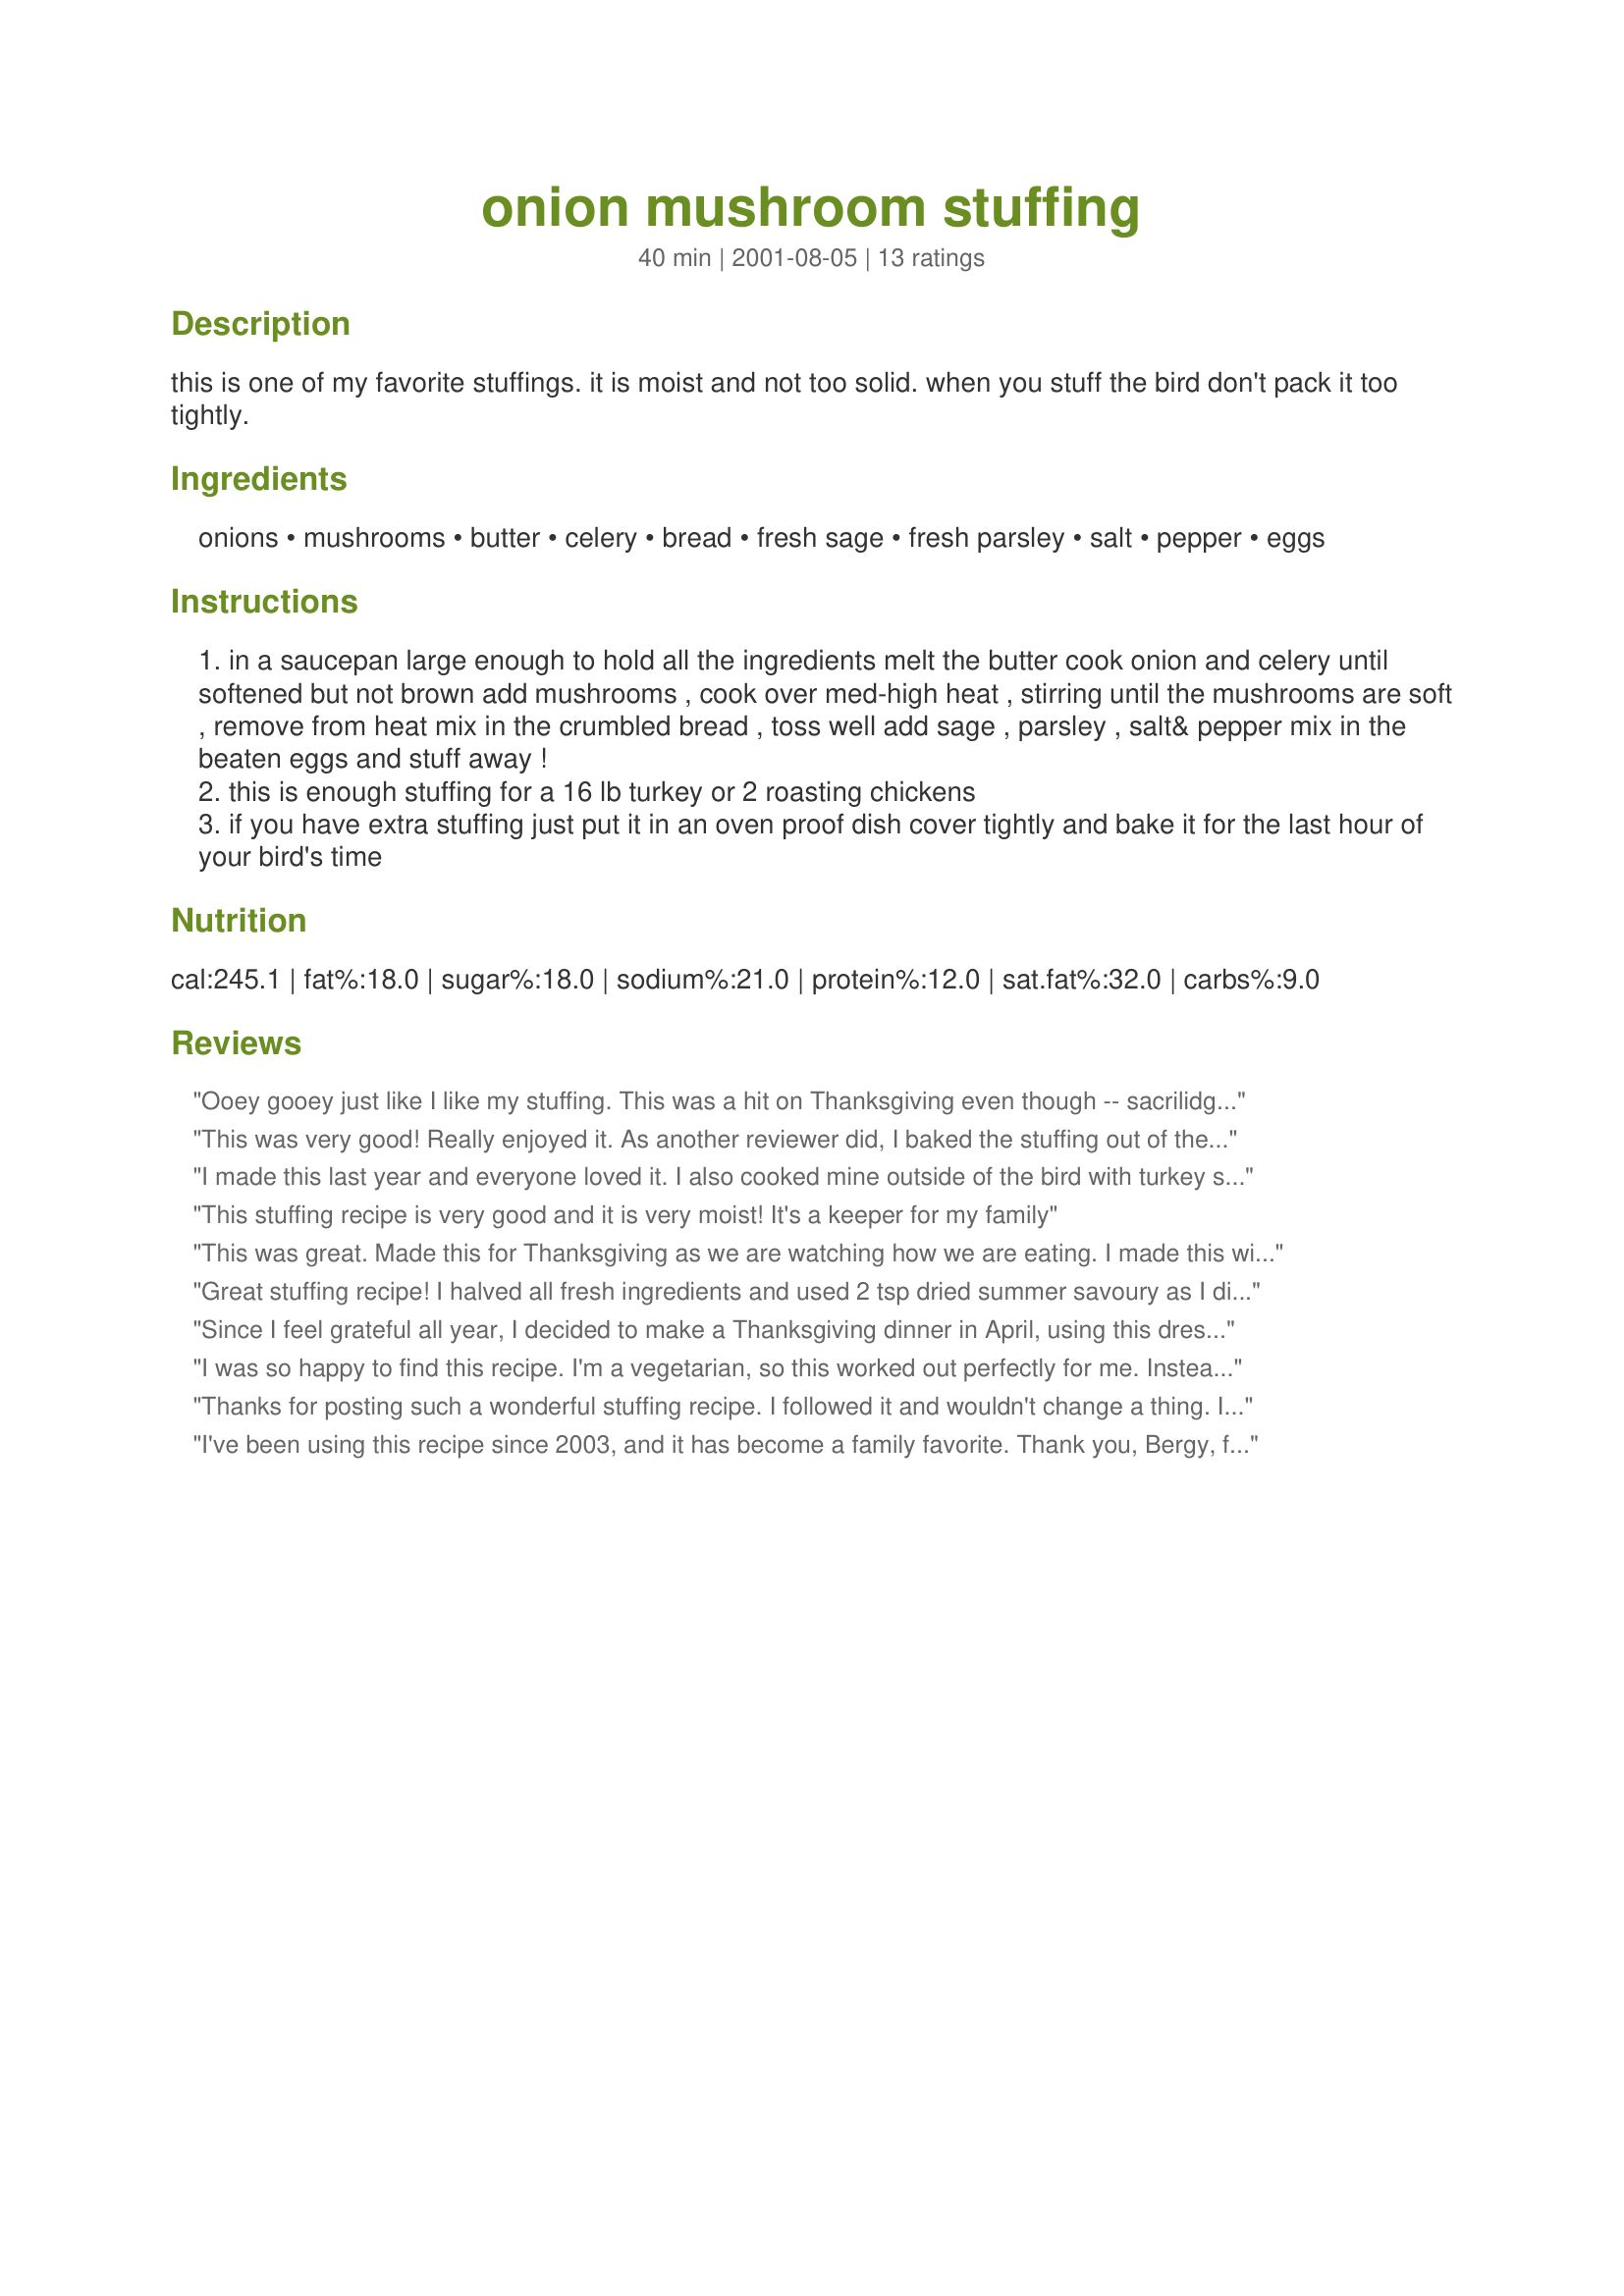
onion mushroom stuffing
Preparation time: 40 minutes

this is one of my favorite stuffings. it is moist and not too solid. when you stuff the bird don't pack it too tightly.

Ingredients:
onions, mushrooms, butter, celery, bread, fresh sage, fresh parsley, salt, pepper, eggs

Steps:
in a saucepan large enough to hold all the ingredients melt the butter cook onion and celery until softened but not brown add mushrooms , cook over med-high heat , stirring until the mushrooms are soft , remove from heat mix in the crumbled bread , toss well add sage , parsley , salt& pepper mix in the beaten eggs and stuff away !
this is enough stuffing for a 16 lb turkey or 2 roasting chickens
if you have extra stuffing just put it in an oven proof dish cover tightly and bake it for the last hour of your bird's time

Reviews:
Ooey gooey just like I like my stuffing. This was a hit on Thanksgiving even though -- sacrilidge -- cooked entirely outside of the bird. I bought a couple of loafs of cheap white bread, which worked perfectly. There was enough left over to make turkey sandwiches on white bread with gravy afterwards ;-) I might have just sworn off all "fancy" stuffings for good.
This was very good! Really enjoyed it. As another reviewer did, I baked the stuffing out of the bird, so I added some turkey stock to the stuffing. Yummy!
I made this last year and everyone loved it. I also cooked mine outside of the bird with turkey stock and baked covered for about 30 minutes and then uncovered for 10. I&#039;ll be making it again tomorrow.
This stuffing recipe is very good and it is very moist! It's a keeper for my family
This was great. Made this for Thanksgiving as we are watching how we are eating. I made this with 100% whole wheat bread to make it better for us. I also cooked outside of the bird. This is going to be our new stuffing now for our Thanksgiving dinner. Thanks for sharing.
Great stuffing recipe! I halved all fresh ingredients and used 2 tsp dried summer savoury as I did not have fresh sage and 1/2 tsp each of salt and pepper. I had enough to stuff a small 3 pound chicken and baked the balance in a dish. Nice and moist, a good recipe! Thanks......
Since I feel grateful all year, I decided to make a Thanksgiving dinner in April, using this dressing for my bird. I cut some honey wheat bread into tiny cubes and halved the recipe. Instead of cooking in the small turkey, I placed the stuffing into my crockpot, drizzling a few tablespoons of chicken broth over the top for good measure, set it on low and let it cook for 4 hours. The smell while it was cooking was sooooo delicious! Much to my delight, it tasted as good as it smelled with just the perfect texture. The bread cubes were so moist, but not a bit mushy, filled with the flavor of the herbs, mushrooms and onions. One of the best parts of Thanksgiving dinner are the leftovers and we are looking forward to more dressing! This is a good one Bergy...thanks.
I was so happy to find this recipe. I'm a vegetarian, so this worked out perfectly for me. Instead of cooking it in a turkey I used vegetable broth. It taste great!
Thanks for posting such a wonderful stuffing recipe. I followed it and wouldn't change a thing. It is very easy to prepare. My family loved it.
I've been using this recipe since 2003, and it has become a family favorite. Thank you, Bergy, for sharing this wonderful recipe. It really is foolproof!

This stuffing was prepared and cooked outside the turkey and two chickens. I cooked Country Lady's recipe #57211, Roast Chicken with Vegetables, and what better way to serve stuffing than one prepared for two chickens. Chickens were cooked as well as turkey because I wanted to accommodate guests who are not fond of turkey. (The turkey was evelyn/athens Roast Turkey with Maple-Pepper Butter #106239. ) Juices and cranberries from the turkey were transferred to the chicken broth, prior to placing the stuffing in the casserole.
Your recipe is perfect, for all the birds, Bergy, and one which I shall use again. Because the stuffing for the chickens was cooked outside the birds, in a casserole, I used chicken broth to moisten the dressing, and cooked it "covered" The result was a very tender moist and flavourful dressing which required no additional gravy... Of course people do use gravy don't they? The stuffing was served alongside the chickens, with Aroostook's Giblet Gravy for 12, #27962. There was no end to compliments for your contribution to my Designer Thanksgiving Dinner, thank you for sharing, Bergy. 

This was a very tasty stuffing. I tried it instead of my regular bread stuffing for turkey. It is moist and flavorful. The family liked it at our holiday dinner.
Good stuffing, I used whole wheat bread and half vidalia half yellow onion. Next time I will make a double batch because there were no leftovers.
